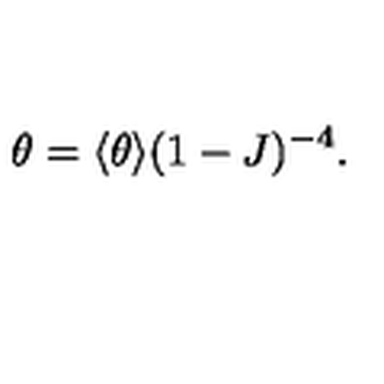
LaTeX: \theta = \langle \theta \rangle ( 1 - J ) ^ { - 4 } .